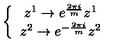
\left\{ \begin{array} { c } { z ^ { 1 } \rightarrow e ^ { \frac { 2 \pi i } { m } } z ^ { 1 } } \\ { z ^ { 2 } \rightarrow e ^ { - \frac { 2 \pi i } { m } } z ^ { 2 } } \\ \end{array} \right.